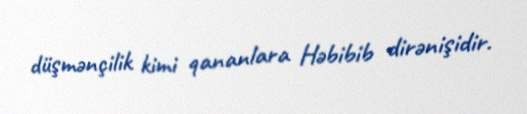
düşmənçilik kimi qananlara Həbibib dirənişidir.